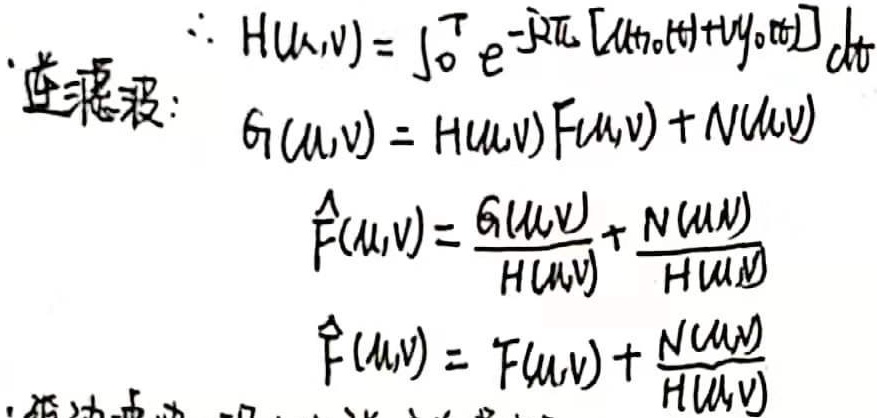
\[\begin{align*}
H(u,v)&=\int_{0}^{T} e^{-j2\pi [ux_{0}(t)+vy_{0}(t)]}dt\\
G(u,v)&=H(u,v)F(u,v)+N(u,v)\\
\hat{F}(u,v)&=\frac{G(u,v)}{H(u,v)}\\
&=F(u,v)+\frac{N(u,v)}{H(u,v)}
\end{align*}\]